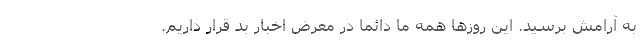
به آرامش برسید. این روزها همه ما دائما در معرض اخبار بد قرار داریم.